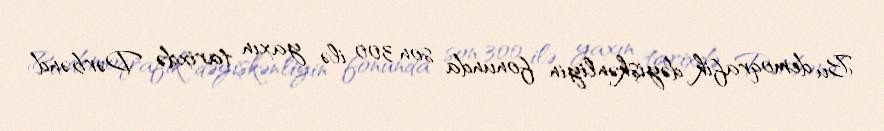
Bu demoqrafik dəyişkənliyin fonunda son 300 ilə yaxın tarixdə Dərbənd